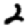
Digit: 2